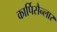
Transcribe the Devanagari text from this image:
कार्पिसैन्लार